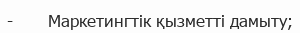
-       Маркетингтік қызметті дамыту;